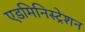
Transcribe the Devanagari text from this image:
एडमिनिस्‍ट्रेशन